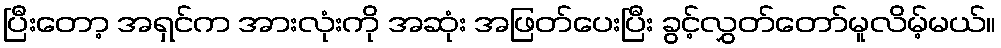
ပြီးတော့ အရှင်က အားလုံးကို အဆုံး အဖြတ်ပေးပြီး ခွင့်လွှတ်တော်မူလိမ့်မယ်။